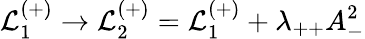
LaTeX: {\cal L}_{1}^{(+)}\rightarrow{\cal L}_{2}^{(+)}={\cal L}_{1}^{(+)}+\lambda_{++}A_{-}^{2}